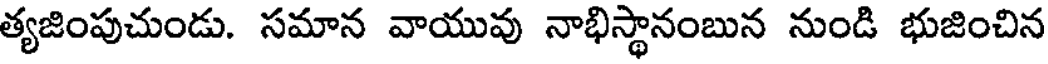
త్యజింపుచుండు. సమాన వాయువు నాభిస్థానంబున నుండి భుజించిన